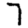
Digit: 7